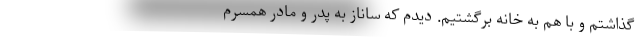
گذاشتم و با هم به خانه برگشتیم. دیدم که ساناز به پدر و مادر همسرم